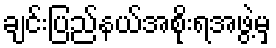
ချင်းပြည်နယ်အစိုးရအဖွဲ့မှ